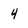
Character: 4